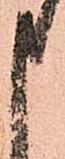
申